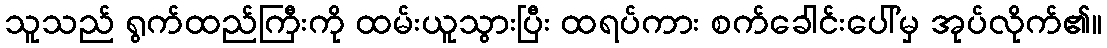
သူသည် ရွက်ထည်ကြီးကို ထမ်းယူသွားပြီး ထရပ်ကား စက်ခေါင်းပေါ်မှ အုပ်လိုက်၏။